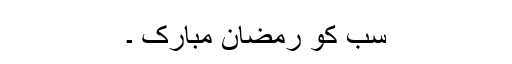
سب کو رمضان مبارک ۔